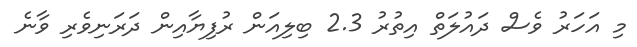
މި އަހަރު ވެސް ދައުލަތް އިތުރު 2.3 ބިލިއަން ރުފިޔާއިން ދަރަނިވެރި ވާނެ